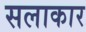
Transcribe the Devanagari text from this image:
सलाकार